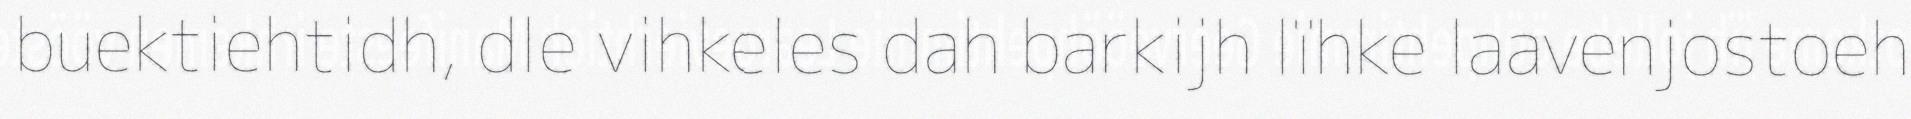
buektiehtidh, dle vihkeles dah barkijh lïhke laavenjostoeh